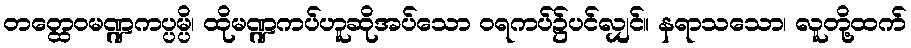
တတ္ထေဝမဏ္ဍကပ္ပမ္ပိ၊ ထိုမဏ္ဍကပ်ဟူဆိုအပ်သော ဝရကပ်၌ပင်လျှင်။ နရာသသော၊ လူတို့ထက်